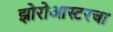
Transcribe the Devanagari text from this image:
झोरोआस्टरचा